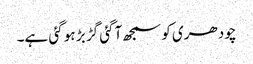
چودھری کو سمجھ آگئی گڑ بڑ ہو گئی ہے۔